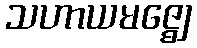
သဟာယမဇ္ဈေ